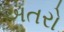
અતરો